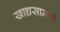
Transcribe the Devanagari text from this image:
खाद्यसामग्री